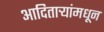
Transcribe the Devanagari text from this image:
आदितार्‍यांमधून